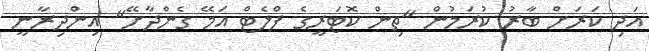
އަދި ކަރަށް ބާރު ކުރަމުން "ތިން ކޮޓަރީގެ ފްލެޓް އަމޭ ގެންދާށޭ" އިންދިރާނީ